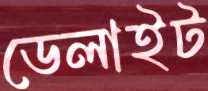
ডেলাইট